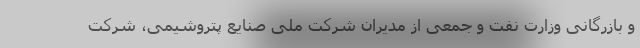
و بازرگانی وزارت نفت و جمعی از مدیران شرکت ملی صنایع پتروشیمی، شرکت